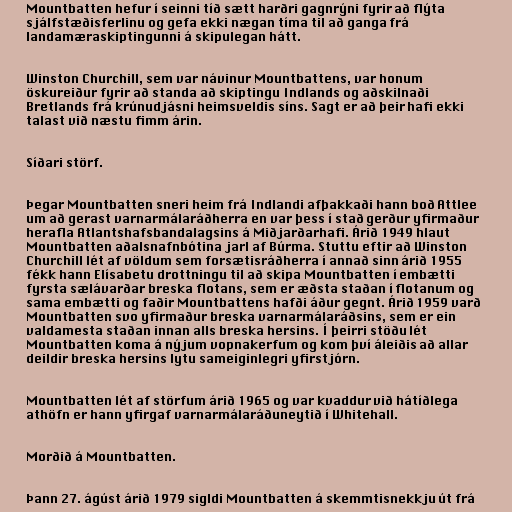
Mountbatten hefur í seinni tíð sætt harðri gagnrýni fyrir að flýta
sjálfstæðisferlinu og gefa ekki nægan tíma til að ganga frá
landamæraskiptingunni á skipulegan hátt.

Winston Churchill, sem var návinur Mountbattens, var honum
öskureiður fyrir að standa að skiptingu Indlands og aðskilnaði
Bretlands frá krúnudjásni heimsveldis síns. Sagt er að þeir hafi ekki
talast við næstu fimm árin.

Síðari störf.

Þegar Mountbatten sneri heim frá Indlandi afþakkaði hann boð Attlee
um að gerast varnarmálaráðherra en var þess í stað gerður yfirmaður
herafla Atlantshafsbandalagsins á Miðjarðarhafi. Árið 1949 hlaut
Mountbatten aðalsnafnbótina jarl af Búrma. Stuttu eftir að Winston
Churchill lét af völdum sem forsætisráðherra í annað sinn árið 1955
fékk hann Elísabetu drottningu til að skipa Mountbatten í embætti
fyrsta sælávarðar breska flotans, sem er æðsta staðan í flotanum og
sama embætti og faðir Mountbattens hafði áður gegnt. Árið 1959 varð
Mountbatten svo yfirmaður breska varnarmálaráðsins, sem er ein
valdamesta staðan innan alls breska hersins. Í þeirri stöðu lét
Mountbatten koma á nýjum vopnakerfum og kom því áleiðis að allar
deildir breska hersins lytu sameiginlegri yfirstjórn.

Mountbatten lét af störfum árið 1965 og var kvaddur við hátíðlega
athöfn er hann yfirgaf varnarmálaráðuneytið í Whitehall.

Morðið á Mountbatten.

Þann 27. ágúst árið 1979 sigldi Mountbatten á skemmtisnekkju út frá